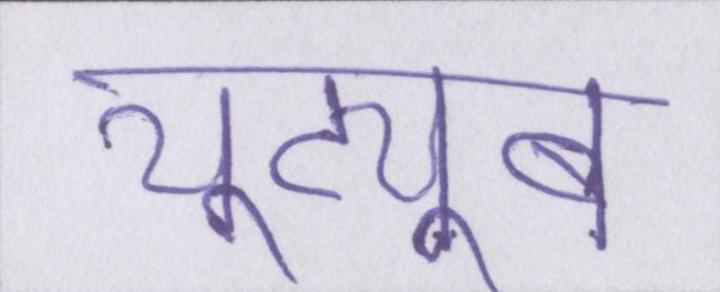
यूट्यूब